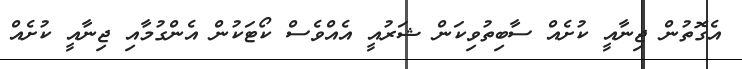
އެގޮތުން ޖިނާއީ ކުށެއް ސާބިތުވިކަން ޝަރުއީ އެއްވެސް ކޯޓަކުން އެންގުމާއި ޖިނާއީ ކުށެއް